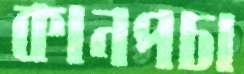
কানপচা